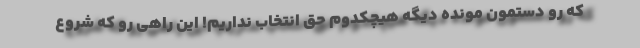
که رو دستمون مونده دیگه هیچکدوم حق انتخاب نداریم! این راهی رو که شروع